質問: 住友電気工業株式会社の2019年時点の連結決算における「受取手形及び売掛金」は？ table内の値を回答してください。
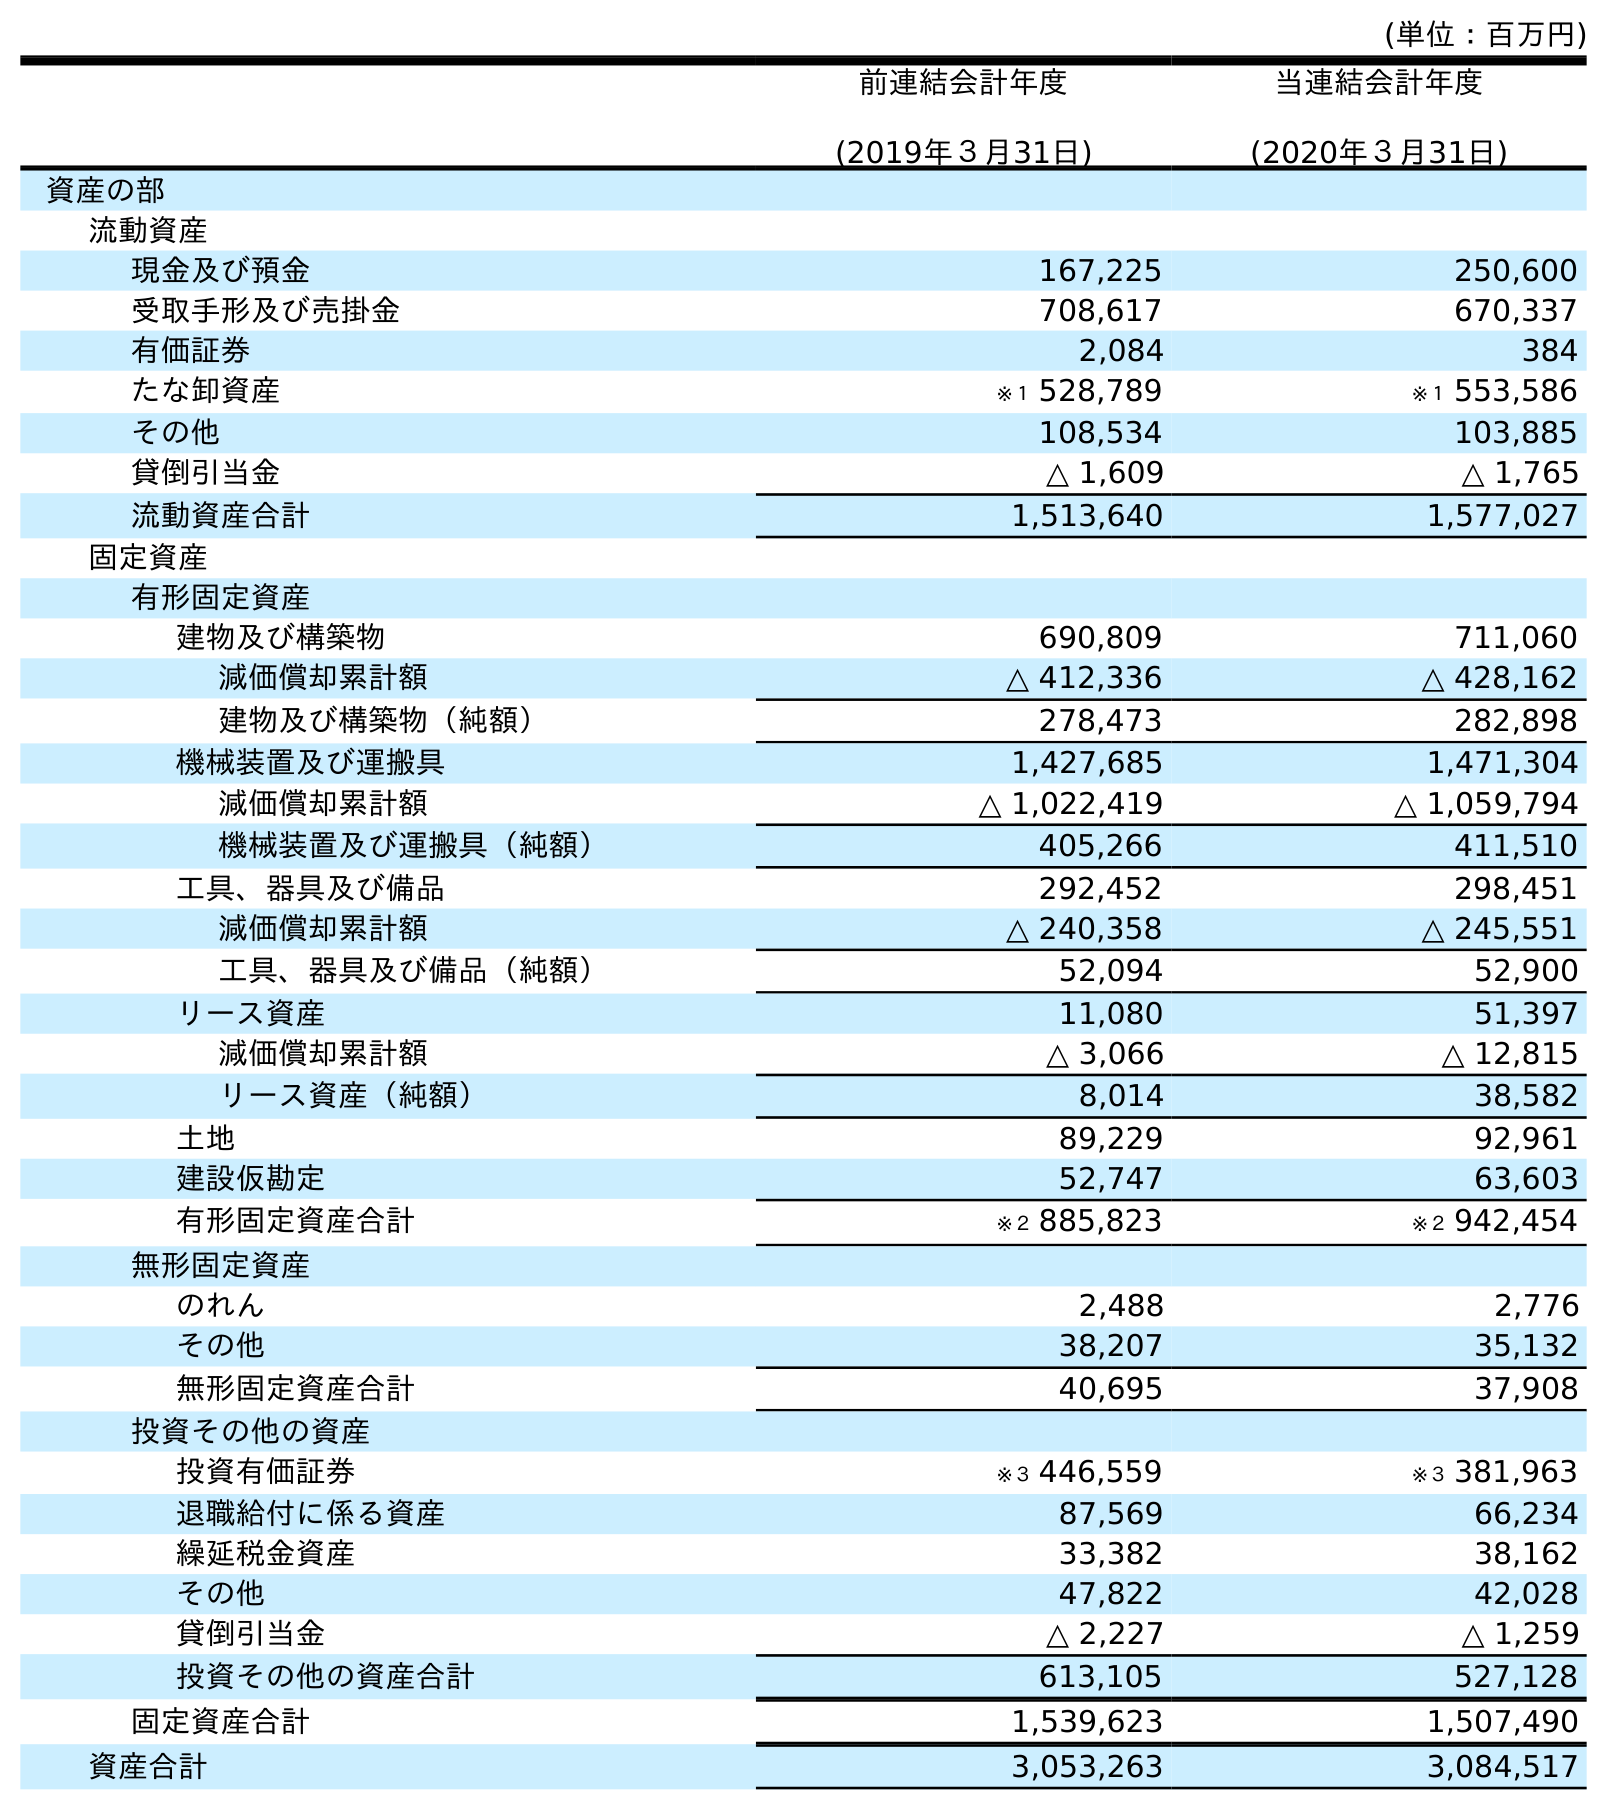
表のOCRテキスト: (単位：百万円) 前連結会計年度 (2019年３月31日) 当連結会計年度 (2020年３月31日) 資産の部 流動資産 現金及び預金 167,225 250,600 受取手形及び売掛金 708,617 670,337 有価証券 2,084 384 たな卸資産 ※１ 528,789 ※１ 553,586 その他 108,534 103,885 貸倒引当金 △ 1,609 △ 1,765 流動資産合計 1,513,640 1,577,027 固定資産 有形固定資産 建物及び構築物 690,809 711,060 減価償却累計額 △ 412,336 △ 428,162 建物及び構築物（純額） 278,473 282,898 機械装置及び運搬具 1,427,685 1,471,304 減価償却累計額 △ 1,022,419 △ 1,059,794 機械装置及び運搬具（純額） 405,266 411,510 工具、器具及び備品 292,452 298,451 減価償却累計額 △ 240,358 △ 245,551 工具、器具及び備品（純額） 52,094 52,900 リース資産 11,080 51,397 減価償却累計額 △ 3,066 △ 12,815 リース資産（純額） 8,014 38,582 土地 89,229 92,961 建設仮勘定 52,747 63,603 有形固定資産合計 ※２ 885,823 ※２ 942,454 無形固定資産 のれん 2,488 2,776 その他 38,207 35,132 無形固定資産合計 40,695 37,908 投資その他の資産 投資有価証券 ※３ 446,559 ※３ 381,963 退職給付に係る資産 87,569 66,234 繰延税金資産 33,382 38,162 その他 47,822 42,028 貸倒引当金 △ 2,227 △ 1,259 投資その他の資産合計 613,105 527,128 固定資産合計 1,539,623 1,507,490 資産合計 3,053,263 3,084,517
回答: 708,617